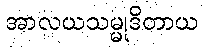
အာလယသမ္မုဒိတာယ